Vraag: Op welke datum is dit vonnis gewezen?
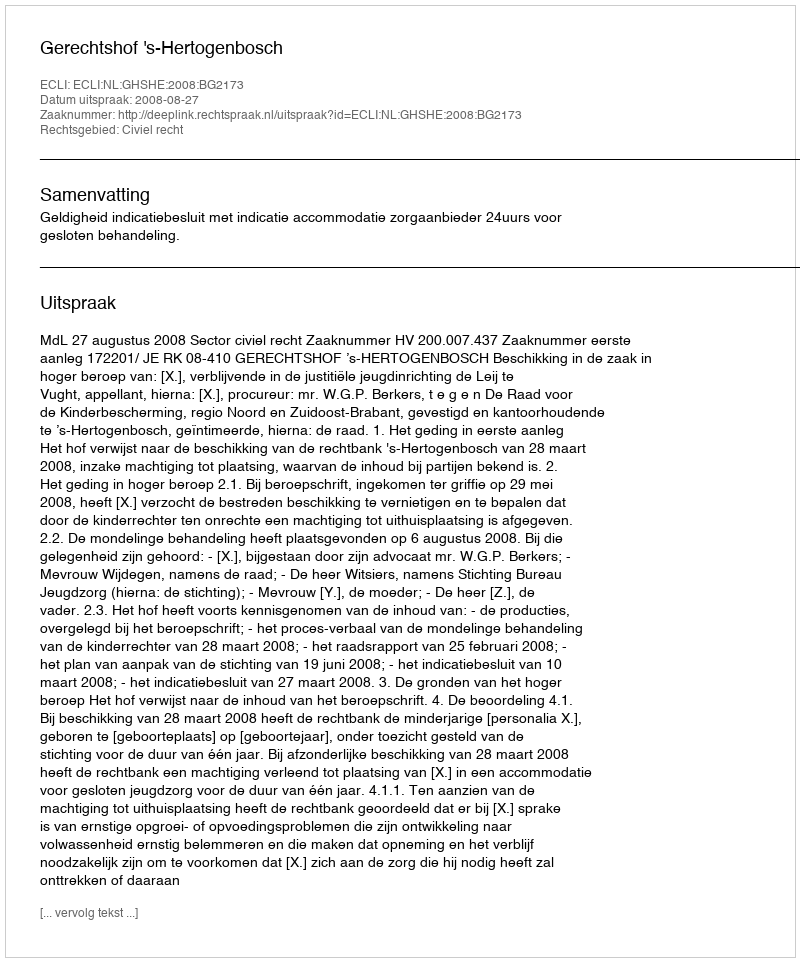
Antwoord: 2008-08-27